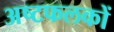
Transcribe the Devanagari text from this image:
अष्टफलकों